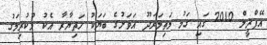
އޭޕްރީލް 2010 ގައި ގަމު މަތިމަރަދޫ އަވަށުގެ ބަޔަކު ހަތިޔާރާ އެކު މުކުރިމަގު